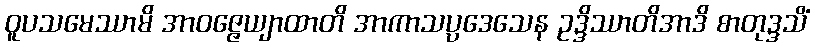
ဝူပသမေဿာမိ အာဝဇ္ဇေယျာထာတိ အာကာသပ္ပဒေသေန ဥဒ္ဒိဿာတိအာဒိ စာတုဒ္ဒသိံ